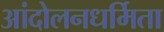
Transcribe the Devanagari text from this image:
आंदोलनधर्मिता